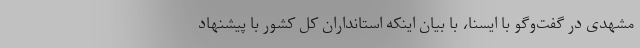
مشهدی در گفت‌وگو با ایسنا، با بیان اینکه استانداران کل کشور با پیشنهاد